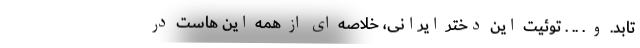
تابد. و . .. . توئیت این دختر ایرانی، خلاصه ای از همه این هاست در